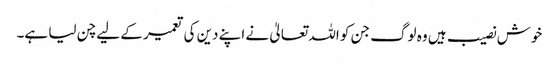
خوش نصیب ہیں وہ لوگ جن کو اللہ تعالیٰ نے اپنے دین کی تعمیر کے لیے چن لیا ہے۔